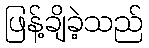
ဖြန့်ချိခဲ့သည်